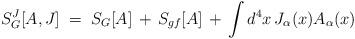
LaTeX: \begin{align*}S_G^J[A,J] \;=\; S_G[A] \,+\,S_{gf}[A] \,+\, \int d^4x \, J_\alpha(x)A_\alpha (x)\,\end{align*}